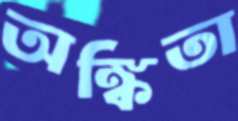
অঙ্কিতা